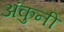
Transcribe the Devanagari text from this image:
अंकुनी